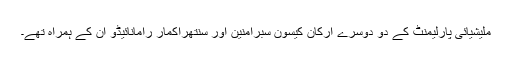
ملیشیائی پارلیمنٹ کے دو دوسرے ارکان کیسون سبرامنین اور سنتھراکمار رامانائیڈو ان کے ہمراہ تھے۔